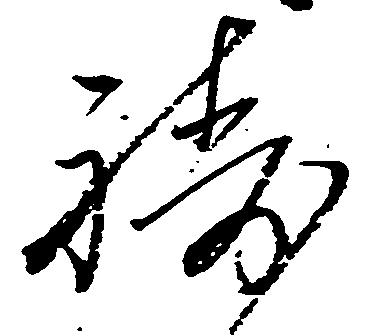
祷